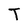
Character: T